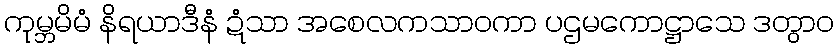
ကုမ္ဘမိမံ နိရယာဒီနံ ဍံသာ အစေလကသာဝကာ ပဌမကောဋ္ဌာသေ ဒတွာဝ